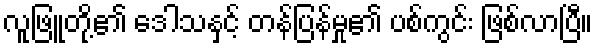
လူဖြူတို့၏ ဒေါသနှင့် တန်ပြန်မှု၏ ပစ်ကွင်း ဖြစ်လာပြီ။